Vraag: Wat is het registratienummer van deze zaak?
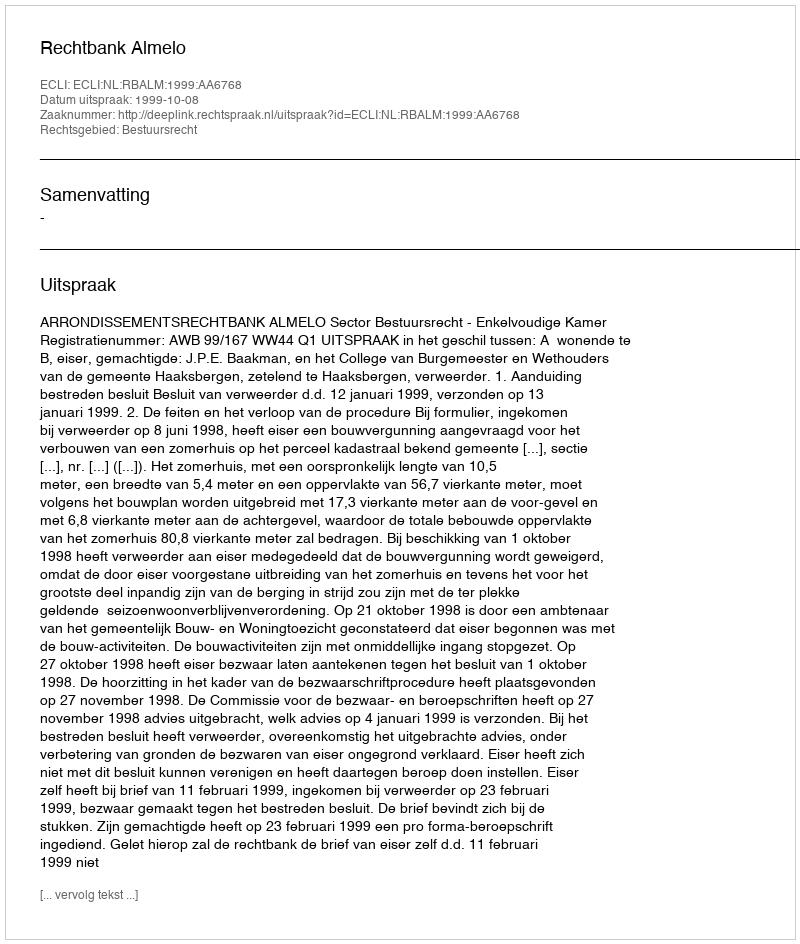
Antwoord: http://deeplink.rechtspraak.nl/uitspraak?id=ECLI:NL:RBALM:1999:AA6768